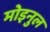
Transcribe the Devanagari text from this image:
मोइनुल